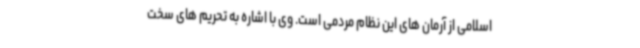
اسلامی از آرمان های این نظام مردمی است. وی با اشاره به تحریم های سخت